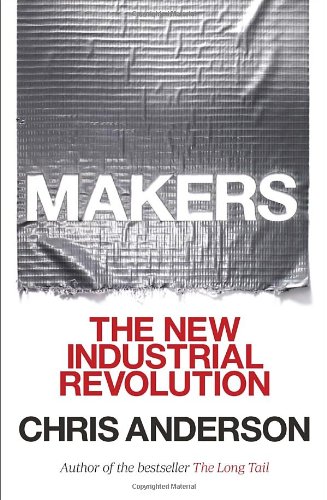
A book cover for Makers: The New Industrial Revolution; Chris Anderson; Business & Money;